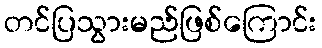
တင်ပြသွားမည်ဖြစ်ကြောင်း